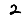
Digit: 2